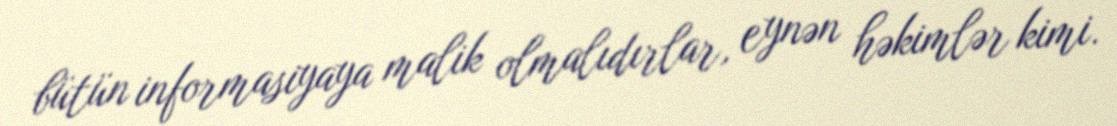
bütün informasiyaya malik olmalıdırlar, eynən həkimlər kimi.